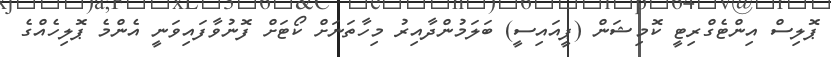
ޕޮލިސް އިންޓެގްރިޓީ ކޮމިޝަން (ޕީއައިސީ) ބަލަމުންދާއިރު މިހާތަނަށް ކޯޓަށް ފޮނުވާފައިވަނީ އެންމެ ޕޮލިހެއްގެ